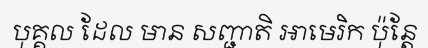
បុគ្គល ដែល មាន សញ្ជាតិ អាមេរិក ប៉ុន្តែ